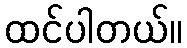
ထင်ပါတယ်။